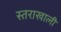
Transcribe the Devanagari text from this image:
स्तराखाली